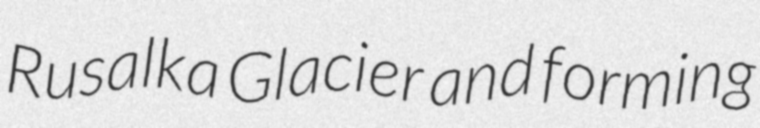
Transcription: Rusalka Glacier and forming